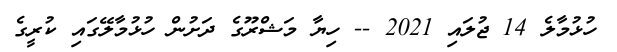
ހުޅުމާލެ 14 ޖުލައި 2021 -- ހިޔާ މަޝްރޫގެ ދަށުން ހުޅުމާލޭގައި ކުރީގެ